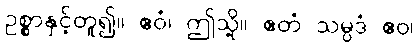
ဥစ္စာနှင့်တူ၍။ ဧဝံ၊ ဤသို့။ ဧတံ သမ္ပဒံ ဧဝ၊